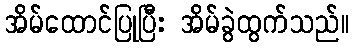
အိမ်ထောင်ပြုပြီး အိမ်ခွဲထွက်သည်။